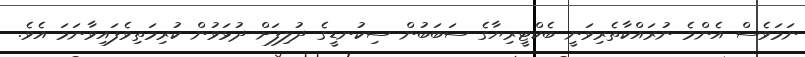
ނަމަވެސް އެންމެ ނުރައްކާތެރިވަނީ ބެކްޓީރިޔާގެ ސަބަބުން ސިކުނޑީގެ ދުލިފަށް ދުޅަވުން ކުރިމަތިވެފައިވާނަމަ އެވެ.